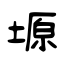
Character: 塬